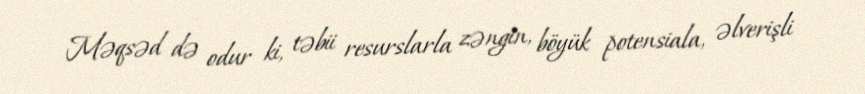
Məqsəd də odur ki, təbii resurslarla zəngin, böyük potensiala, əlverişli